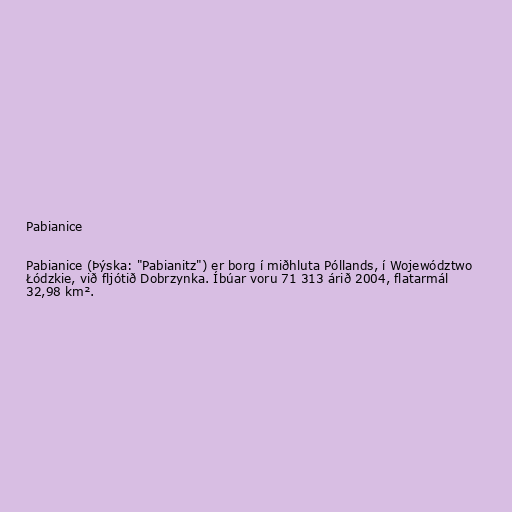
Pabianice

Pabianice (Þýska: "Pabianitz") er borg í miðhluta Póllands, í Województwo
Łódzkie, við fljótið Dobrzynka. Íbúar voru 71 313 árið 2004, flatarmál
32,98 km².